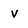
Character: V